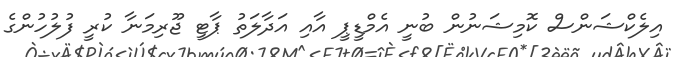
އިލެކްޝަންސް ކޮމިޝަނުން ބުނީ އެމްޑީޕީ އާއި އަދާލަތު ޕާޓީ ޖޫރިމަނާ ކުރީ ފުލުހުންގެ